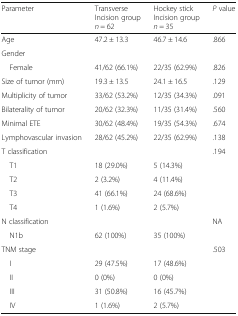
<table><thead><tr><td><b>Parameter</b></td><td><b>Transverse Incision group <i>n</i> = 62</b></td><td><b>Hockey stick Incision group <i>n</i> = 35</b></td><td><b><i>P</i> value</b></td></tr></thead><tbody><tr><td>Age</td><td>47.2 ± 13.3</td><td>46.7 ± 14.6</td><td>.866</td></tr><tr><td colspan="4">Gender</td></tr><tr><td> Female</td><td>41/62 (66.1%)</td><td>22/35 (62.9%)</td><td>.826</td></tr><tr><td>Size of tumor (mm)</td><td>19.3 ± 13.5</td><td>24.1 ± 16.5</td><td>.129</td></tr><tr><td>Multiplicity of tumor</td><td>33/62 (53.2%)</td><td>12/35 (34.3%)</td><td>.091</td></tr><tr><td>Bilaterality of tumor</td><td>20/62 (32.3%)</td><td>11/35 (31.4%)</td><td>.560</td></tr><tr><td>Minimal ETE</td><td>30/62 (48.4%)</td><td>19/35 (54.3%)</td><td>.674</td></tr><tr><td>Lymphovascular invasion</td><td>28/62 (45.2%)</td><td>22/35 (62.9%)</td><td>.138</td></tr><tr><td>T classification</td><td></td><td></td><td>.194</td></tr><tr><td> T1</td><td>18 (29.0%)</td><td>5 (14.3%)</td><td></td></tr><tr><td> T2</td><td>2 (3.2%)</td><td>4 (11.4%)</td><td></td></tr><tr><td> T3</td><td>41 (66.1%)</td><td>24 (68.6%)</td><td></td></tr><tr><td> T4</td><td>1 (1.6%)</td><td>2 (5.7%)</td><td></td></tr><tr><td>N classification</td><td></td><td></td><td>NA</td></tr><tr><td> N1b</td><td>62 (100%)</td><td>35 (100%)</td><td></td></tr><tr><td>TNM stage</td><td></td><td></td><td>.503</td></tr><tr><td> I</td><td>29 (47.5%)</td><td>17 (48.6%)</td><td></td></tr><tr><td> II</td><td>0 (0%)</td><td>0 (0%)</td><td></td></tr><tr><td> III</td><td>31 (50.8%)</td><td>16 (45.7%)</td><td></td></tr><tr><td> IV</td><td>1 (1.6%)</td><td>2 (5.7%)</td><td></td></tr></tbody></table>